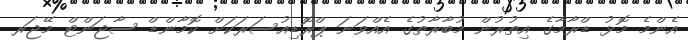
އެންމެ މޮޅު ޑްރާމާގެ އިތުރުން މުބާރާތުގެ އެއްވަނަ ޕްރޮޑިއުސަރަކަށް ކޮމާންޑް ސާޖަންޓް މޭޖަރ